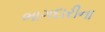
ભાગદારીના